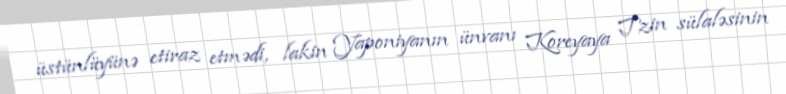
üstünlüyünə etiraz etmədi, lakin Yaponiyanın ünvanı Koreyaya Tzin sülaləsinin